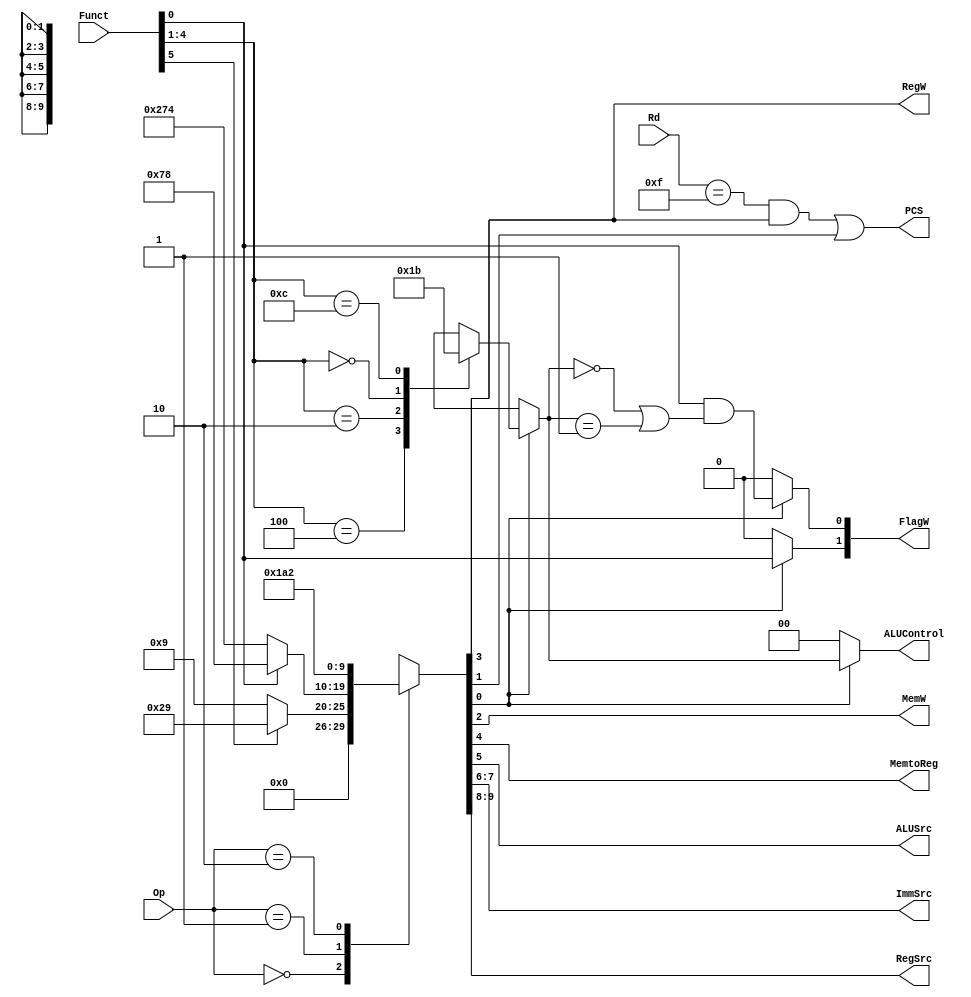
module decode (
	Op,
	Funct,
	Rd,
	FlagW,
	PCS,
	RegW,
	MemW,
	MemtoReg,
	ALUSrc,
	ImmSrc,
	RegSrc,
	ALUControl
);
	input wire [1:0] Op;
	input wire [5:0] Funct;
	input wire [3:0] Rd;
	output reg [1:0] FlagW;
	output wire PCS;
	output wire RegW;
	output wire MemW;
	output wire MemtoReg;
	output wire ALUSrc;
	output wire [1:0] ImmSrc;
	output wire [1:0] RegSrc;
	output reg [1:0] ALUControl;
	reg [9:0] controls;
	wire Branch;
	wire ALUOp;
	always @(*)
		casex (Op)
			2'b00:
				if (Funct[5])
					controls = 10'b0000101001;
				else
					controls = 10'b0000001001;
			2'b01:
				if (Funct[0])
					controls = 10'b0001111000;
				else
					controls = 10'b1001110100;
			2'b10: controls = 10'b0110100010;
			default: controls = 10'bxxxxxxxxxx;
		endcase
	assign {RegSrc, ImmSrc, ALUSrc, MemtoReg, RegW, MemW, Branch, ALUOp} = controls;
	always @(*)
		if (ALUOp) begin
			case (Funct[4:1])
				4'b0100: ALUControl = 2'b00;
				4'b0010: ALUControl = 2'b01;
				4'b0000: ALUControl = 2'b10;
				4'b1100: ALUControl = 2'b11;
				default: ALUControl = 2'bxx;
			endcase
			FlagW[1] = Funct[0];
			FlagW[0] = Funct[0] & ((ALUControl == 2'b00) | (ALUControl == 2'b01));
		end
		else begin
			ALUControl = 2'b00;
			FlagW = 2'b00;
		end
	assign PCS = ((Rd == 4'b1111) & RegW) | Branch;
endmodule